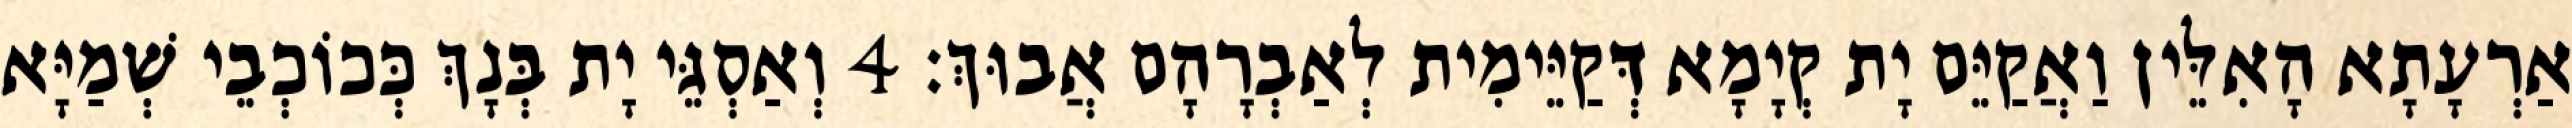
אַרְעָתָא הָאִלֵּין וַאֲקַיֵּם יָת קְיָמָא דְּקַיֵּימִית לְאַבְרָהָם אֲבוּךְ׃ 4 וְאַסְגֵּי יָת בְּנָךְ כְּכוֹכְבֵי שְׁמַיָּא